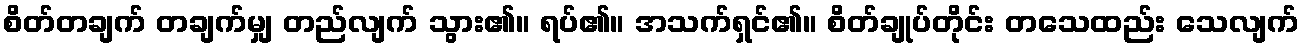
စိတ်တချက် တချက်မျှ တည်လျက် သွား၏။ ရပ်၏။ အသက်ရှင်၏။ စိတ်ချုပ်တိုင်း တသေထည်း သေလျက်